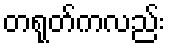
တရုတ်ကလည်း